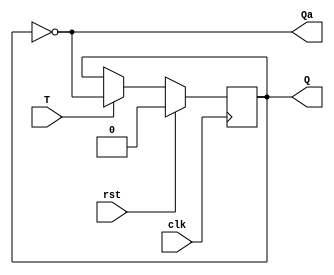
module t_ff(clk,T,rst,Q,Qa);
input clk,rst,T;
output reg Q,Qa;
always@(posedge clk)
begin
if(rst)
Q<=0;
else
begin
    if(T==1)
    Q<=~Q;
    else
    Q<=Q;
end
end
assign Qa=~Q;
endmodule